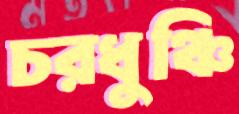
চরধুঞ্চি